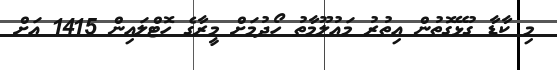
މި ކާޑާ ގުޅޭގޮތުން އިތުރު މައުލޫމާތު ހޯދުމަށް މީރާގެ ހޮޓްލައިން 1415 އަށް